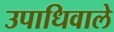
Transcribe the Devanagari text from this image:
उपाधिवाले